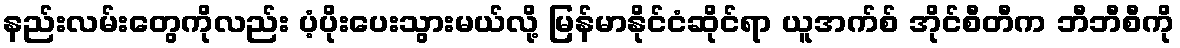
နည်းလမ်းတွေကိုလည်း ပံ့ပိုးပေးသွားမယ်လို့ မြန်မာနိုင်ငံဆိုင်ရာ ယူအက်စ် အိုင်စီတီက ဘီဘီစီကို